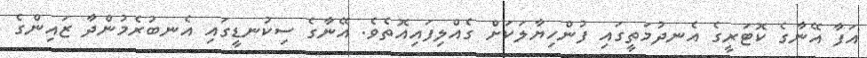
އަފާ އޭނާގެ ކޮޓަރީގެ އެނދުމަތީގައި ފުންހިޔާލަކަށް ގެއްލިފައިއޮތެވެ. އޭނާގެ ސިކުނޑީގައި އެނބުރެމުންދާ ޒައިންގެ